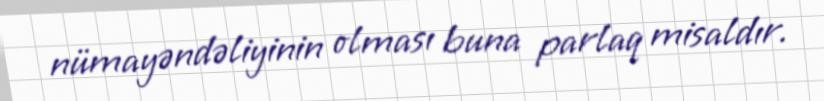
nümayəndəliyinin olması buna parlaq misaldır.